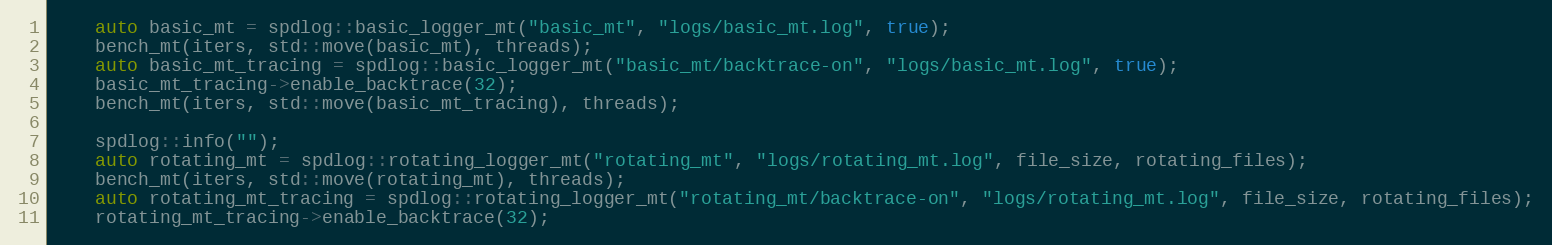
Language: C++
    auto basic_mt = spdlog::basic_logger_mt("basic_mt", "logs/basic_mt.log", true);
    bench_mt(iters, std::move(basic_mt), threads);
    auto basic_mt_tracing = spdlog::basic_logger_mt("basic_mt/backtrace-on", "logs/basic_mt.log", true);
    basic_mt_tracing->enable_backtrace(32);
    bench_mt(iters, std::move(basic_mt_tracing), threads);

    spdlog::info("");
    auto rotating_mt = spdlog::rotating_logger_mt("rotating_mt", "logs/rotating_mt.log", file_size, rotating_files);
    bench_mt(iters, std::move(rotating_mt), threads);
    auto rotating_mt_tracing = spdlog::rotating_logger_mt("rotating_mt/backtrace-on", "logs/rotating_mt.log", file_size, rotating_files);
    rotating_mt_tracing->enable_backtrace(32);